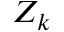
Z _ { k }